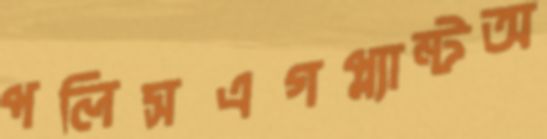
পলিসএগপ্ল্যান্টঅ